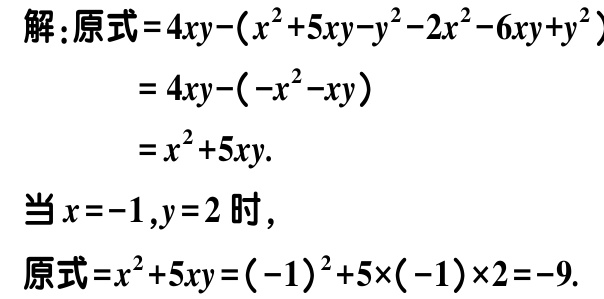
解：原式\(=4xy-(x^{2}+5xy - y^{2}-2x^{2}-6xy + y^{2})\)

\(=4xy-(-x^{2}-xy)\)

\(=x^{2}+5xy.\)

当\(x = -1,y = 2\)时，

原式\(=x^{2}+5xy=(-1)^{2}+5\times(-1)\times2=-9.\)